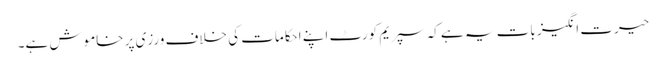
حیرت انگیز بات یہ ہے کہ سپریم کورٹ اپنے احکامات کی خلاف ورزی پر خاموش ہے۔